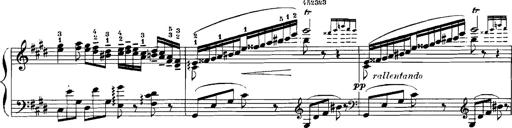
Title: Rhapsodies hongroises
Composer: Franz Liszt